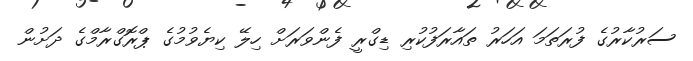
ސަރުކާރުގެ ފުރަތަމަ އަހަރު ތައާރަފުކުރި ޑިގްރީ ފެންވަރަށް ހިލޭ ކިޔެވުމުގެ ޕްރޮގްރާމްގެ ދަށުން